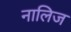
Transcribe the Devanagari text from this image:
नालिज